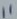
Text: 11